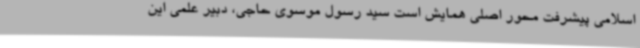
اسلامی پیشرفت محور اصلی همایش است سید رسول موسوی حاجی، دبیر علمی این